King Institute of Preventive Medicine Micro-Biological Section reports 1912-19
Year: 1912
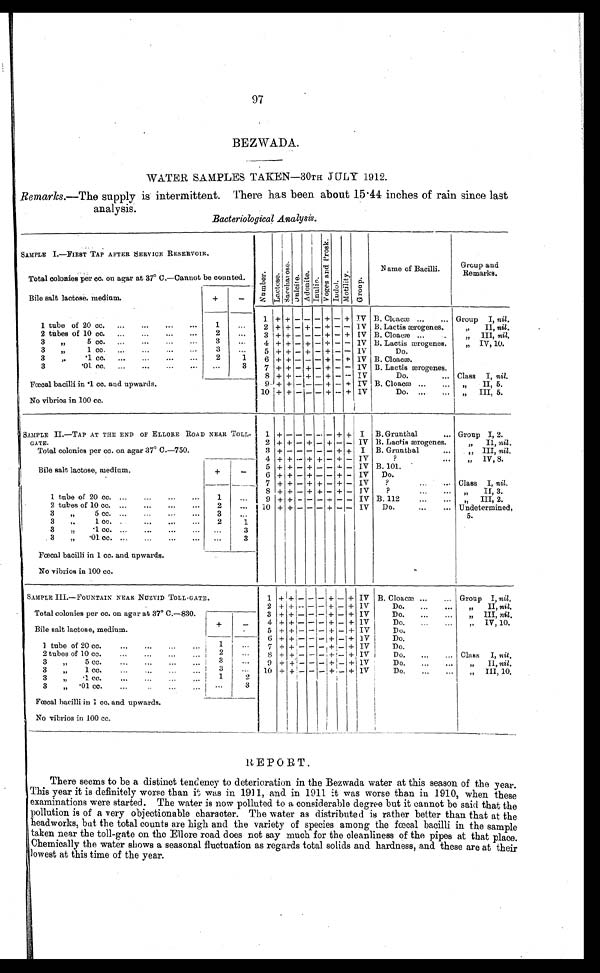
97
BEZWADA.
WATER SAMPLES TAKEN—30TH JULY 1912.
Remarks.— The supply is intermittent. There has been about 15.44 inches of rain since last
analysis.
Bacteriological Analysis.
SAMPLE I.—FIRST TAP AFTER SERVICE RESERVOIR.
N u m b e r . L a c t o s e . S a c c h a r o s e . D u l c i t e . A d o n i t e . I n u l i n . V o g e s a n d P r o s k . I n d o l . M o t i l i t y . G r o u p .
Name of Bacilli.
Group and
Remarks.
Total colonies per cc. on agar at 37º C.—Cannot be counted.
Bile salt lactose, medium.
+
-
1 tube of 20 cc.
1
. . .
1
+ +
-
- - + - + IV B. Cloacæ
Group I, nil.
2 + + - + - + - - IV B. Lactis ærogenes.
"
II, nil.
2 tubes of 10 cc.
2
. . .
3 + + - - - + - + IV B. Cloacæ
" III, nil.
3
"
5 cc.
3
. . .
4 + + - + - + - - IV B. Lactis ærogenes.
" IV, 10.
3 " 1 cc.
3
. . .
5 + + - + - +
-
- IV
Do.
3
"
.1 cc.
2
1
6 + +
-
- - + - + IV B. Cloacæ.
3 . 01c c .
. . .
3
7 + + - + - + - - IV B. Lactis ærogenes.
8 + +
-
+ - +
- -
IV
Do.
Class I, nil.
Fœcal bacilli in .1 cc. and upwards.
9 + +
-
-
-
+ - + IV B. Cloacæ
"
II, 5.
10
+
+
-
- -
+ -
+ IV
Do.
" III, 5.
No vibrios in 100 cc.
SAMPLE II.—TAP AT THE END OF ELLORE ROAD NEAR TOLL-
GATE.
1 +
- - - - -
+ + I B. Grunthal
Group I, 2.
2 + + - + - + - - IV B. Lactis ærogenes.
" II, nil.
Total colonies per cc. on agar 37º C.—750.
3 +
-
- - - -
+ + I B. Grunthal
" III, nil.
Bile salt lactose, medium.
+
-
4
+ + - + + - + -
I V
?
" I V , 8 .
5 + + - + - - + - IV B. 101.
6
+ +
-
+
- -
+
- IV Do.
1 tube of 20 cc.
1
. . .
7 + + - + + - + - IV
?
Class I, nil.
8 + + - + + - + - IV
?
"
II, 3.
9 + + - - - + - - IV B. 112
" I I I , 2 .
2 tubes of 10 cc.
2
. . .
10 + + - - - + - - IV Do.
Undetermined,
5.
3
"
5 cc.
3
. . .
3
"
1 cc.
2
1
3
"
.1 cc.
. . .
3
3
"
.01 cc.
. . .
3
Fœcal bacilli in 1 cc. and upwards.
No vibrios in 100 cc.
SAMPLE III.—FOUNTAIN NEAR NUZVID TOLL-GATE.
1 + +
-
- -
+
- + IV B. Cloacæ
Group I, nil.
Total colonies per cc. on agar at 37º C.—830.
2 + +
-
- -
+
- + IV
Do.
"
II, nil.
3 +
+ -
- -
+
- + IV
Do.
" III, nil.
Bile salt lactose, medium.
+
-
4 + +
-
- - + -
+
1V
Do.
" IV, 10.
5 + + - - - + - + IV
Do.
1 tube of 20 cc.
1
. . .
6 +
+
- - -
+
- + IV
Do.
7 +
+
- - -
+
- + IV
Do.
2 tubes of 10 cc.
2
. . .
8
+
+
- - -
+ -
+ IV
Do.
Class I, nil.
3
"
5 cc.
3
. . .
9
+ + - - - + - + 1V
Do.
"
II, nil.
3
"
1 cc.
3
. . .
10 +
+
- - -
+
- + IV
Do.
" I I I 1 0 .
3
"
.1. cc.
1
. . .
3
" .01 cc.
. . .
3
Fœcal bacilli in 1 cc. and upwards.
No vibrios in 100 cc.
REPORT.
There seems to be a distinct tendency to deterioration in the Bezwada water at this season of the year.
This year it is definitely worse than it was in 1911, and in 1911 it was worse than in 1910, when these
examinations were started. The water is now polluted to a considerable degree but it cannot be said that the
pollution is of a very objectionable character. The water as distributed is rather better than that at the
headworks, but the total counts are high and the variety of species among the fœcal bacilli in the sample
taken near the toll-gate on the Ellore road does not say much for the cleanliness of the pipes at that place.
Chemically the water shows a seasonal fluctuation as regards total solids and hardness, and these are at their
lowest at this time of the year.